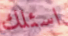
اسئلك